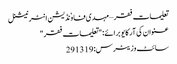
تعلیمات فقر – مہدی فاوٗنڈیشن انٹرنیشنل
عنوان کی آرکایو برائے: "تعلیمات فقر"
سائٹ وزیٹرس: 291319